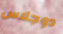
دوجلاس